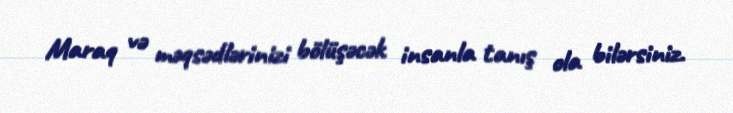
Maraq və məqsədlərinizi bölüşəcək insanla tanış ola bilərsiniz.